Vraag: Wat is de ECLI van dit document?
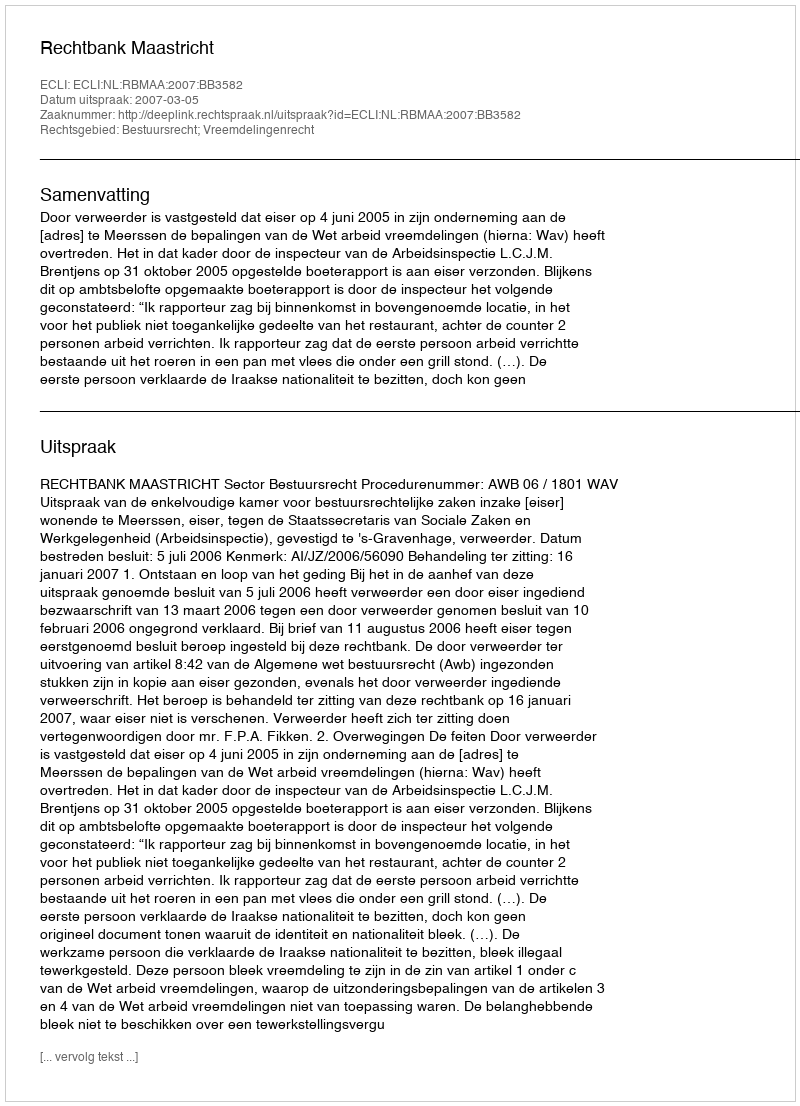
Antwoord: ECLI:NL:RBMAA:2007:BB3582